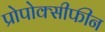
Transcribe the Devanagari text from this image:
प्रोपोक्सीफीन